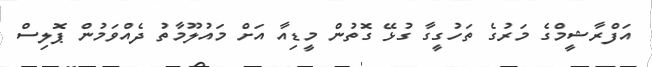
އަފްރާޝީމްގެ މަރުގެ ތަހުގީގާ ގުޅޭ ގޮތުން މީޑިއާ އަށް މައުލޫމާތު ދެއްވަމުން ޕޮލިސް